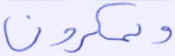
ويمكرون